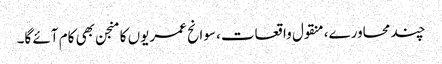
چند محاورے، منقول واقعات، سوانح عمریوں کا منجن بھی کام آئے گا۔